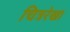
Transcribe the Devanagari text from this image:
चित्ररेखा